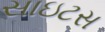
સાઇટસ